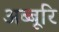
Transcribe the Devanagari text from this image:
अब्बूरि